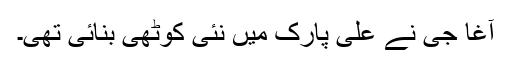
آغا جی نے علی پارک میں نئی کوٹھی بنائی تھی۔